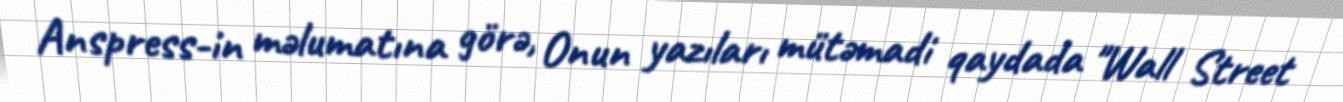
Anspress-in məlumatına görə, Onun yazıları mütəmadi qaydada "Wall Street